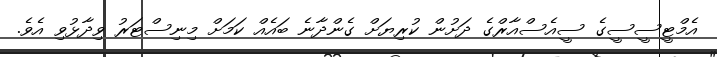
އެމްޓީސީސީގެ ސީއެސްއާރްގެ ދަށުން ކުރިޔަށް ގެންދާނެ ބައެއް ކަމަށް މިނިސްޓަރު ވިދާޅުވި އެވެ.